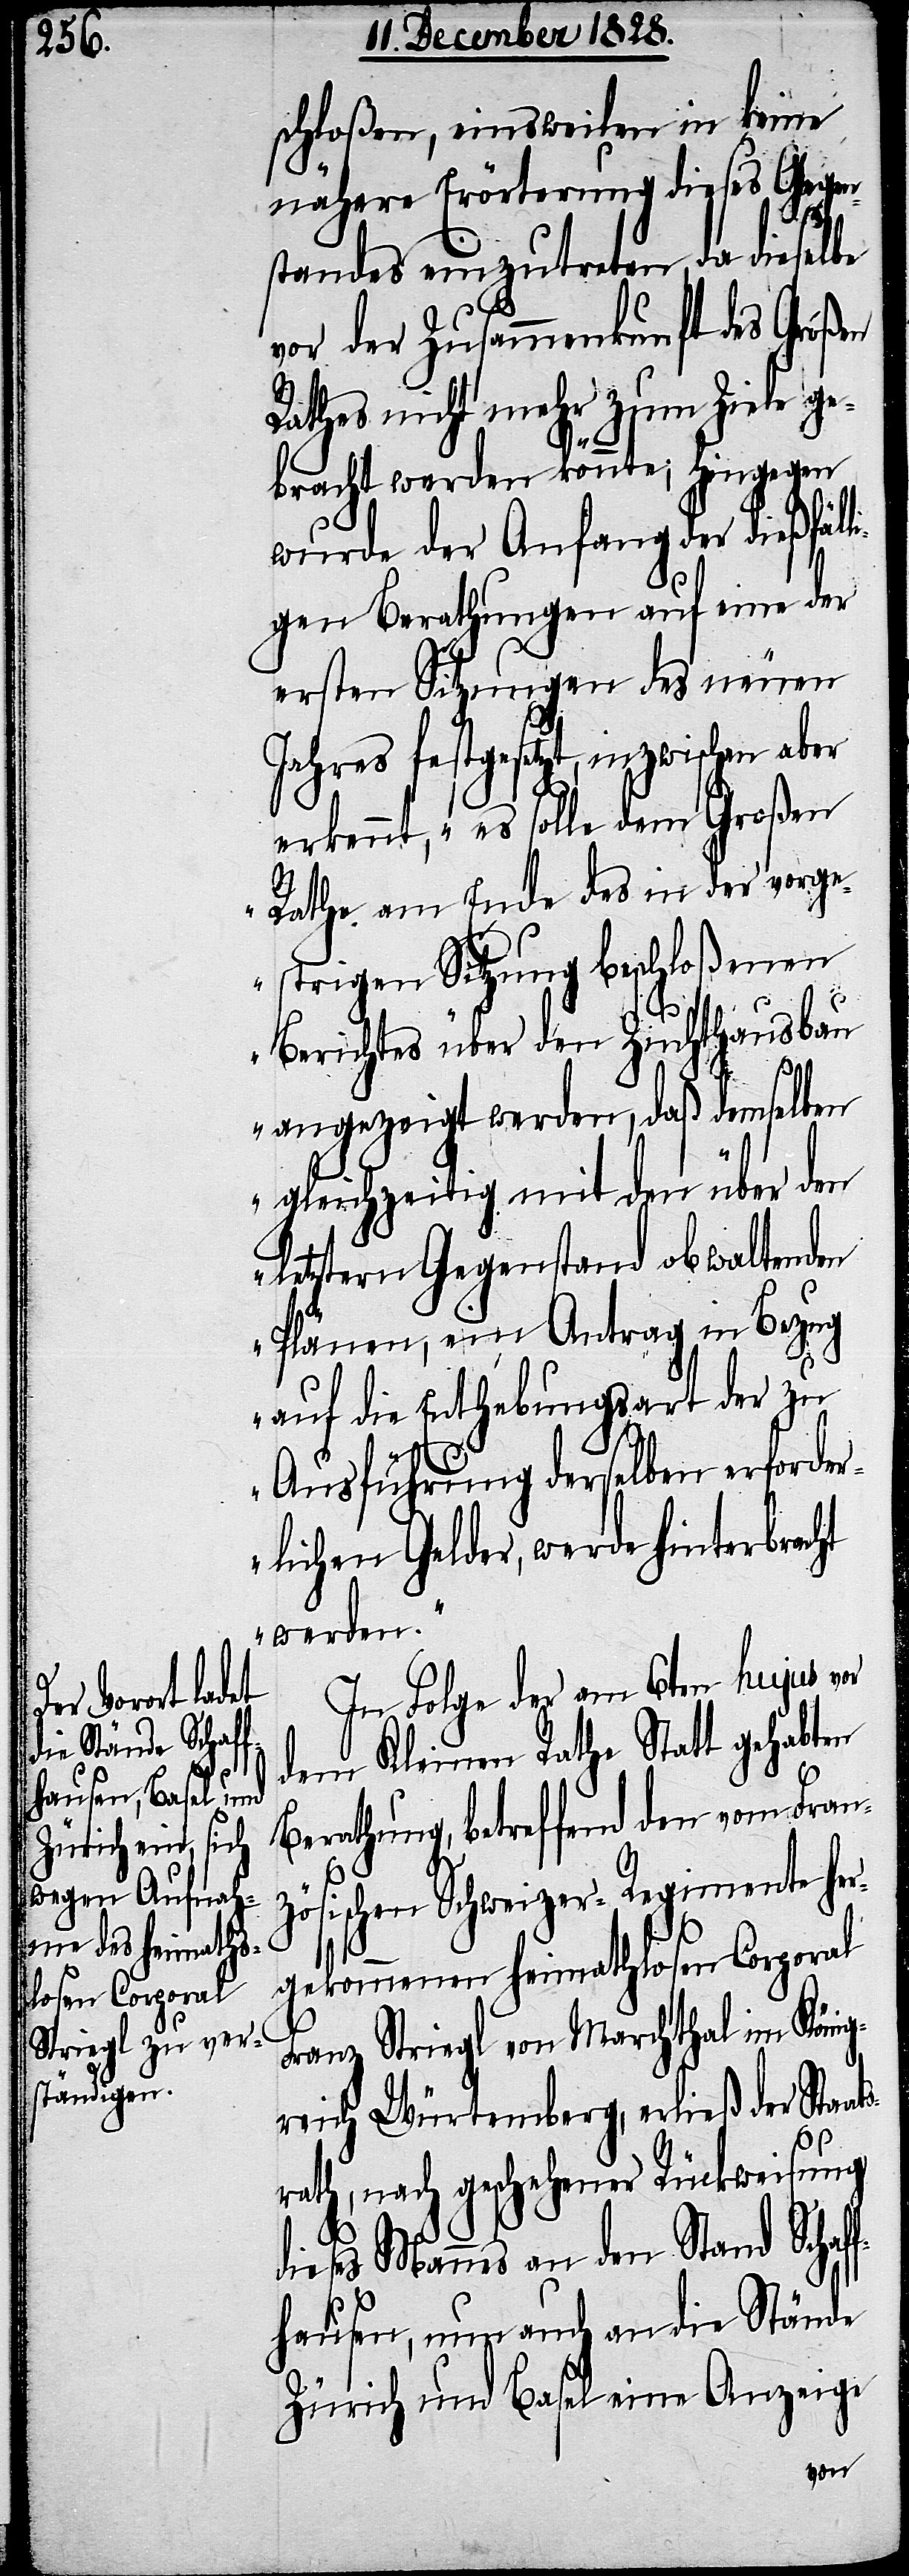
schloßen, einsweilen in keine
nähere Erörterung dieses Gegen¬
standes einzutreten, da dieselbe
vor der Zusammenkunft des Großen
Rathes nicht mehr zum Ziele ge¬
bracht werden könnte; hingegen
wurde der Anfang der dießfäl¬
ligen Berathungen auf eine der
ersten Sitzungen des neuen
Jahres festgesetzt, inzwischen aber
erkennt, „es solle dem Großen
Rathe am Ende des in der vorge¬
strigen Sitzung beschloßenen
Berichtes über den Zuchthausbau
angezeigt werden, daß demselben
gleichzeitig mit den über den
letztern Gegenstand obwaltenden
Plänen, ein Antrag in Bezug
auf die Enthebungsart der zu
Ausführung derselben erforder¬
lichen Gelder, werde hinterbracht
werden.“
In Folge der am 6ten hujus vor
dem Kleinen Rathe Statt gehabten
Berathung, betreffend den vom Fran¬
zösischen Schweizer-Regimente her¬
gekommenen heimathlosen Corporal
Franz Striegl von Marchthal im König¬
reich Würtemberg, erließ der Staat¬
srath, nach geschehener Rückweisung
dieses Mannes an den Stand Schaf¬
fhausen, nun auch an die Stände
Zürich und Basel eine Anzeige